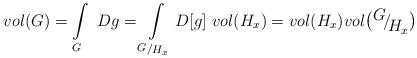
LaTeX: \begin{align*}vol(G) = \int\limits_G \ Dg = \int\limits_{\raise 1pt \hbox{$\scriptstyle G$} / \lower 1pt\hbox{$\scriptstyle H_x$}} D[g] \hskip 4ptvol(H_x) = vol(H_x) vol\bigl(\!\!\raise 4pt \hbox{$\ G$} \! / \!\! \!\lower 4pt\hbox{$\ H_x$}\bigr)\end{align*}